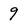
Character: 9